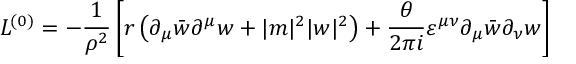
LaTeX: { \cal L } ^ { ( 0 ) } = - \frac { 1 } { \rho ^ { 2 } } \left[ r \left( \partial _ { \mu } \bar { w } \partial ^ { \mu } w + | m | ^ { 2 } | w | ^ { 2 } \right) + \frac { \theta } { 2 \pi i } \varepsilon ^ { \mu \nu } \partial _ { \mu } \bar { w } \partial _ { \nu } w \right]